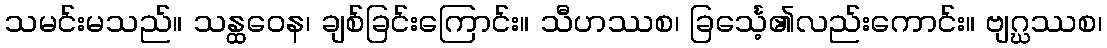
သမင်းမသည်။ သန္ထဝေန၊ ချစ်ခြင်းကြောင်း။ သီဟဿစ၊ ခြင်္သေ့၏လည်းကောင်း။ ဗျဂ္ဃဿစ၊